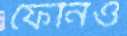
ফেনিও